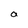
Character: a